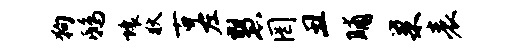
狗鸱壤狄古左慧罔丑晡巢表